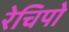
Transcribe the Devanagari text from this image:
रेचिपो